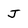
Character: J